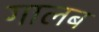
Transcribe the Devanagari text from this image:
गालब